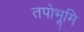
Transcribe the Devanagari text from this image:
तपोभूमि